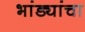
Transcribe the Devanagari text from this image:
भांड्यांचा